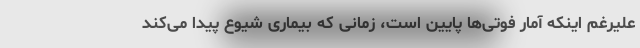
علیرغم اینکه آمار فوتی‌ها پایین است، زمانی که بیماری شیوع پیدا می‌کند